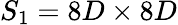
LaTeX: S_{1}=8D\times 8D